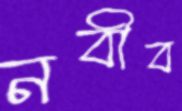
নবীব